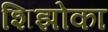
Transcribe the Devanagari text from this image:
शिझोका